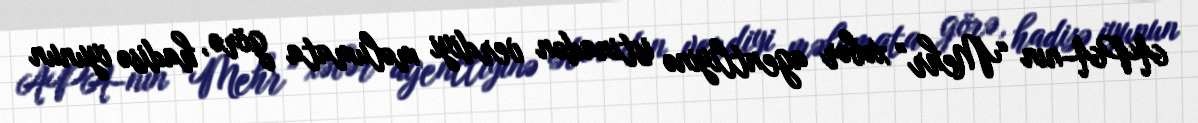
APA-nın “Mehr” xəbər agentliyinə istinadən verdiyi məlumata görə, hadisə iyunun